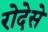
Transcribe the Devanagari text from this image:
रोदेसे